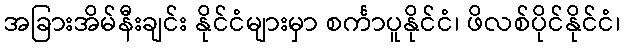
အခြားအိမ်နီးချင်း နိုင်ငံများမှာ စင်္ကာပူနိုင်ငံ၊ ဖိလစ်ပိုင်နိုင်ငံ၊